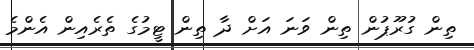
ތިން ގުރޫޕުން ތިން ވަނަ އަށް ދާ ތިން ޓީމުގެ ތެރެއިން އެންމެ